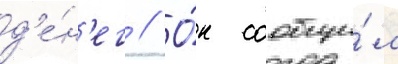
д'е́н'ег // О́н сообщи́л